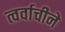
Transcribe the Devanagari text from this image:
त्वर्वाचीने